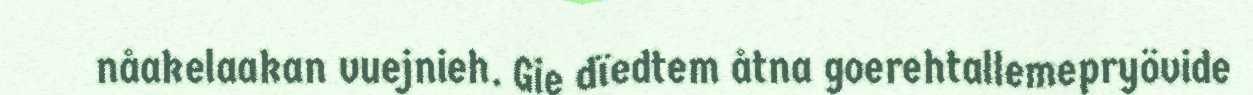
nåakelaakan vuejnieh. Gie dïedtem åtna goerehtallemepryövide